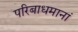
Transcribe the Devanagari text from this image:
परिबाधमानां